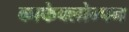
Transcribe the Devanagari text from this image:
काफेक्लोम्पन